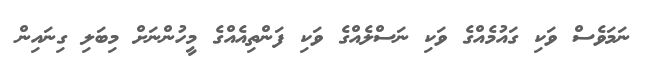
ނަމަވެސް ވަކި ގައުމެއްގެ ވަކި ނަސްލެއްގެ ވަކި ފަންތިއެއްގެ މީހުންނަށް މިބަލި ގިނައިން